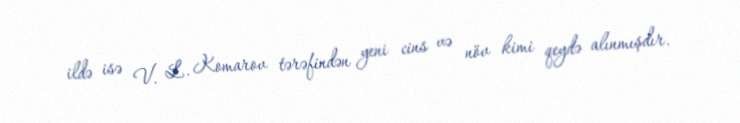
ildə isə V. L. Komarov tərəfindən yeni cins və növ kimi qeydə alınmışdır.